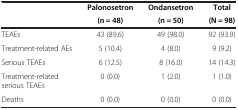
<table><thead><tr><td><b> </b></td><td><b>Palonosetron</b></td><td><b>Ondansetron</b></td><td><b>Total</b></td></tr><tr><td><b> </b></td><td><b>(n = 48)</b></td><td><b>(n = 50)</b></td><td><b>(N = 98)</b></td></tr></thead><tbody><tr><td>TEAEs</td><td>43 (89.6)</td><td>49 (98.0)</td><td>92 (93.9)</td></tr><tr><td>Treatment-related AEs</td><td>5 (10.4)</td><td>4 (8.0)</td><td>9 (9.2)</td></tr><tr><td>Serious TEAEs</td><td>6 (12.5)</td><td>8 (16.0)</td><td>14 (14.3)</td></tr><tr><td>Treatment-related serious TEAEs</td><td>0 (0.0)</td><td>1 (2.0)</td><td>1 (1.0)</td></tr><tr><td>Deaths</td><td>0 (0.0)</td><td>0 (0.0)</td><td>0 (0.0)</td></tr></tbody></table>